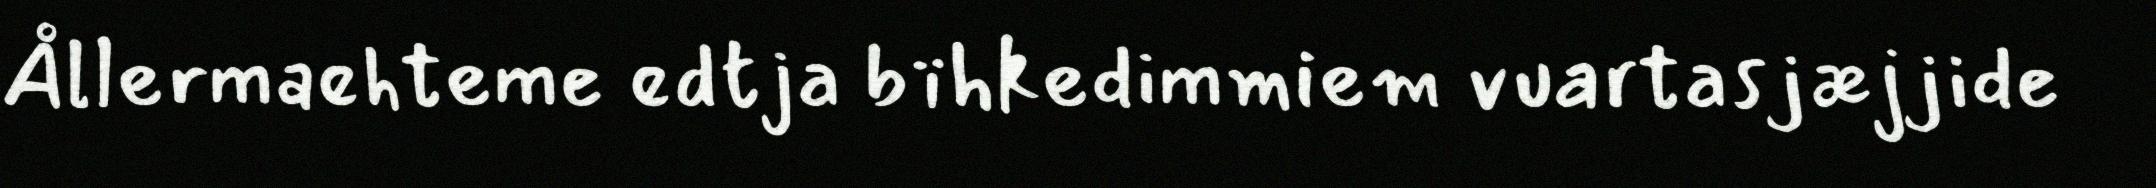
Ållermaehteme edtja bïhkedimmiem vuartasjæjjide